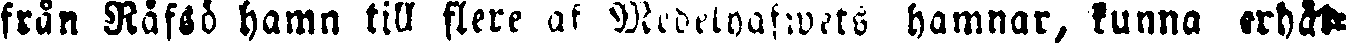
frun Rafsö hamn till flere af Medelhafwets hamnar, kunna erhål-